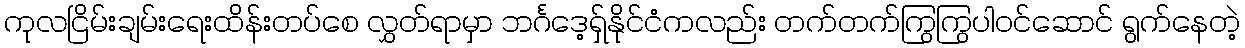
ကုလငြိမ်းချမ်းရေးထိန်းတပ်စေ လွှတ်ရာမှာ ဘင်္ဂဒေ့ရှ်နိုင်ငံကလည်း တက်တက်ကြွကြွပါဝင်ဆောင် ရွက်နေတဲ့